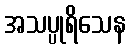
အသပ္ပုရိသေန